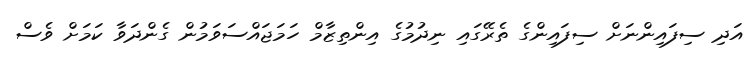
އަދި ސިފައިންނަށް ސިފައިންގެ ތެރޭގައި ނިދުމުގެ އިންތިޒާމް ހަމަޖައްސަވަމުން ގެންދަވާ ކަމަށް ވެސް